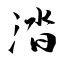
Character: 涾